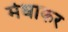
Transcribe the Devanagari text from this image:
मेधाकर